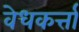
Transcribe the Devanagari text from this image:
वेधकर्त्ता